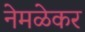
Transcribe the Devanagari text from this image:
नेमळेकर